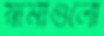
স্বামীগুলো